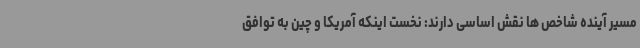
مسیر آینده شاخص ها نقش اساسی دارند: نخست اینکه آمریکا و چین به توافق